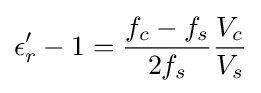
\epsilon _{r}'-1={\frac {f_{c}-f_{s}}{2f_{s}}}{\frac {V_{c}}{V_{s}}}